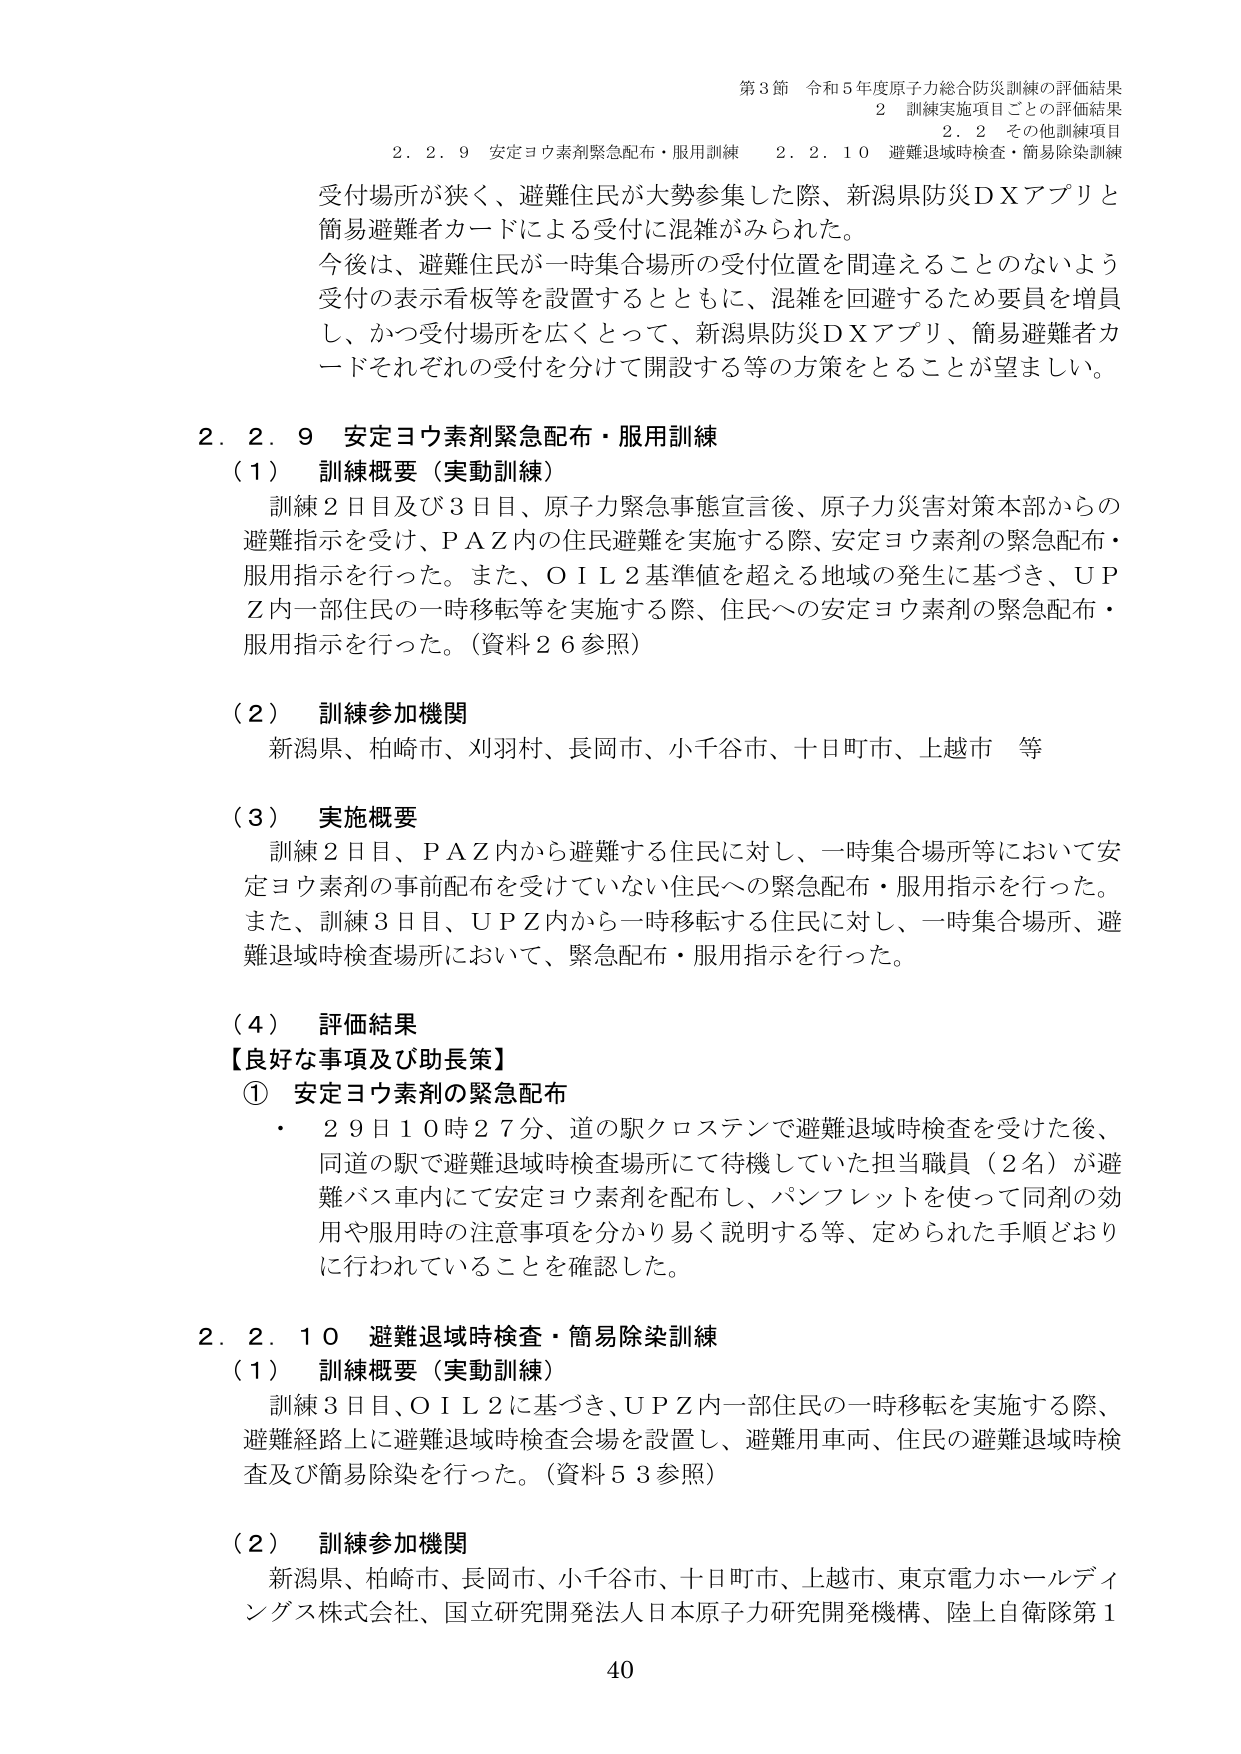
第3節 令和5年度原子力総合防災訓練の評価結果
2 訓練実施項目ごとの評価結果
2.2 その他訓練項目

2.2.9 安定ヨウ素剤緊急配布・服用訓練  2.2.10 避難退域時検査・簡易除染訓練

受付場所が狭く、避難住民が大勢参集した際、新潟県防災ＤＸアプリと簡易避難者カードによる受付に混雑がみられた。
今後は、避難住民が一時集合場所の受付位置を間違えることのないよう受付の表示看板等を設置するとともに、混雑を回避するため要員を増員し、かつ受付場所を広くとって、新潟県防災ＤＸアプリ、簡易避難者カードそれぞれの受付を分けて開設する等の方策をとることが望ましい。

2.2.9 安定ヨウ素剤緊急配布・服用訓練
（1） 訓練概要（実動訓練）
訓練2日目及び3日目、原子力緊急事態宣言後、原子力災害対策本部からの避難指示を受け、ＰＡＺ内の住民避難を実施する際、安定ヨウ素剤の緊急配布・服用指示を行った。また、ＯＩＬ2基準値を超える地域の発生に基づき、ＵＰＺ内一部住民の一時移転等を実施する際、住民への安定ヨウ素剤の緊急配布・服用指示を行った。（資料26参照）

（2） 訓練参加機関
新潟県、柏崎市、刈羽村、長岡市、小千谷市、十日町市、上越市 等

（3） 実施概要
訓練2日目、ＰＡＺ内から避難する住民に対し、一時集合場所等において安定ヨウ素剤の事前配布を受けていない住民への緊急配布・服用指示を行った。また、訓練3日目、ＵＰＺ内から一時移転する住民に対し、一時集合場所、避難退域時検査場所において、緊急配布・服用指示を行った。

（4） 評価結果
【良好な事項及び助長策】
① 安定ヨウ素剤の緊急配布
・ 29日10時27分、道の駅クロステンで避難退域時検査を受けた後、同道の駅で避難退域時検査場所にて待機していた担当職員（2名）が避難バス車内にて安定ヨウ素剤を配布し、パンフレットを使って同剤の効用や服用時の注意事項を分かり易く説明する等、定められた手順どおりに行われていることを確認した。

2.2.10 避難退域時検査・簡易除染訓練
（1） 訓練概要（実動訓練）
訓練3日目、ＯＩＬ2に基づき、ＵＰＺ内一部住民の一時移転を実施する際、避難経路上に避難退域時検査会場を設置し、避難用車両、住民の避難退域時検査及び簡易除染を行った。（資料53参照）

（2） 訓練参加機関
新潟県、柏崎市、長岡市、小千谷市、十日町市、上越市、東京電力ホールディングス株式会社、国立研究開発法人日本原子力研究開発機構、陸上自衛隊第1

40